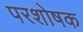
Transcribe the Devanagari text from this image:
परशोषक